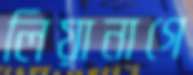
লিয়ানাগে